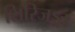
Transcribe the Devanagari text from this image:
शिरिजङ्गा